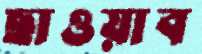
ছাওয়াব